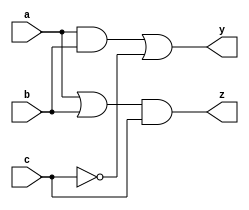
module combinational_logic (
    input wire a,          // Input signal a
    input wire b,          // Input signal b
    input wire c,          // Input signal c
    output reg y,          // Output signal y
    output reg z           // Output signal z
);

    // Always block sensitive to changes in inputs a, b, and c
    always @ (a or b or c) begin
        // Combinational logic operations
        y = (a & b) | (~c);  // Example: y = (a AND b) OR (NOT c)
        z = (a | b) & c;     // Example: z = (a OR b) AND c
    end

endmodule